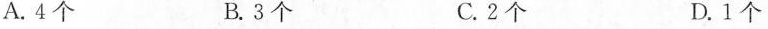
A.4个 B.3个 C.2个 D.1个